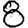
Digit: 8